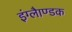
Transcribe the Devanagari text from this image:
इंग्लैाण्डक